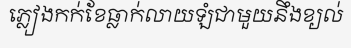
ភ្លៀងកក់ខែធ្លាក់លាយឡំជាមួយនឹងខ្យល់